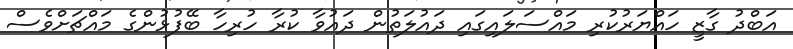
އަބްދު ގާޒީ ހައްޔަރުކުރި މައްސަލައިގައި ދައުލަތުން ދައުވާ ކުރާ ހުރިހާ ބޭފުޅުންގެ މައްޗަށްވެސް